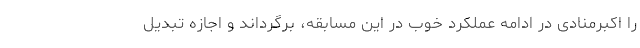
را اکبرمنادی در ادامه عملکرد خوب در این مسابقه، برگرداند و اجازه تبدیل